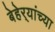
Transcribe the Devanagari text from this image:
बेहेर्‍यांच्या